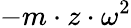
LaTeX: -m\cdot z\cdot\omega^{2}